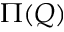
\Pi ( Q )